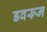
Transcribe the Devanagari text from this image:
डवरून